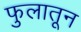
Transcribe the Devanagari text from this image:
फुलातून